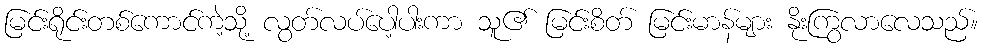
မြင်းရိုင်းတစ်ကောင်ကဲ့သို့ လွတ်လပ်ပေါ့ပါးကာ သူ၏ မြင်းစိတ် မြင်းမာန်များ နိုးကြွလာလေသည်။